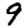
Digit: 9